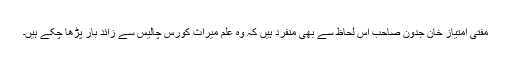
مفتی امتیاز خان جدون صاحب اس لحاظ سے بھی منفرد ہیں کہ وہ علم میراث کورس چالیس سے زائد بار پڑھا چکے ہیں۔